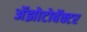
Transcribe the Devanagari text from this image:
अॅझोटोबॅक्टर